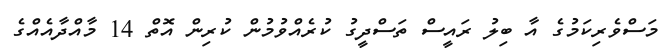
މަސްވެރިކަމުގެ އާ ބިލު ރައީސް ތަސްދީގު ކުރެއްވުމުން ކުރިން އޮތް 14 މާއްދާއެއްގެ